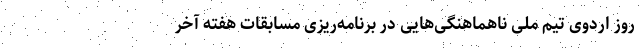
روز اردوی تیم ملی ناهماهنگی‌هایی‌ در برنامه‌ریزی‌ مسابقات هفته آخر